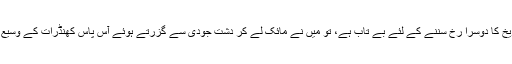
پہلے تو میں سمجھا کہ شاید وہ میرے ٹوکنے سے ناراض ہوگئی ہے، مگر جب اس نے کہا کہ وہ خود تاریخ کا دوسرا رخ سننے کے لئے بے تاب ہے، تو میں نے مائک لے کر دشت جودی سے گزرتے ہوئے آس پاس کھنڈرات کے وسیع و عریض علاقوں، حضرت لوط ، حضرت یحیی اور حضرت عیسیٰ کے واقعات بیان کرنا شروع کر دیے۔